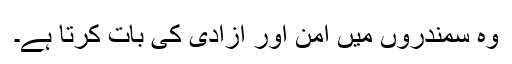
وہ سمندروں میں امن اور آزادی کی بات کرتا ہے۔